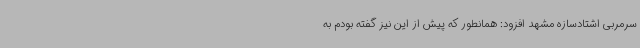
سرمربی اشتادسازه مشهد افزود: همانطور که پیش از این نیز گفته بودم به